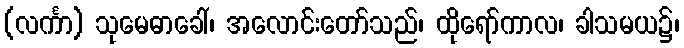
(လင်္ကာ) သုမေဓာခေါ်၊ အလောင်းတော်သည်၊ ထိုရော်ကာလ၊ ခါသမယ၌၊